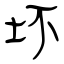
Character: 坏